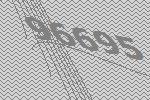
96695